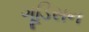
ગૂડિસન